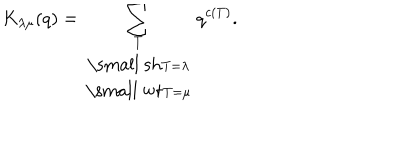
K _ { \lambda \mu } ( q ) = \sum _ { \begin{array} { c } { { \scriptstyle T } } \\ { { \mathrm { \small ~ s h } \scriptstyle T = \lambda } } \\ { { \mathrm { \small ~ w t } \scriptstyle T = \mu } } \\ \end{array} } q ^ { c ( T ) } .